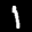
Label: 1